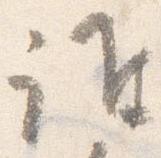
誰